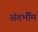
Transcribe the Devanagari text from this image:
अंतर्भौम